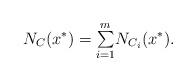
LaTeX: \begin{align*}\begin{array}{c}N_{C}(x^{*})=\underset{i=1}{\overset{m}{\sum}}N_{C_{i}}(x^{*}).\end{array}\end{align*}